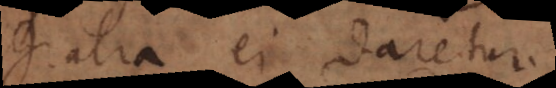
gratia ei daretur.